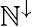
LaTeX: \mathbb{N}^{\downarrow}